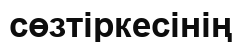
сөзтіркесінің